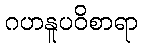
ဂဟနူပဝိစာရာ